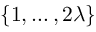
\left\{ 1 , \ldots , 2 \lambda \right\}